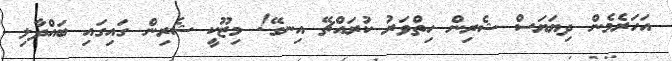
އަހަރެމެން ދިޔަޔަސް ޝެރިން ހިތްވަރު ކުރައްޗޭ އިނގޭ! މިޒޫކީ ޝެރިން ގައިގައި ބައްދާލި